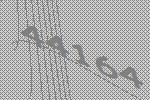
44164